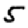
Digit: 5